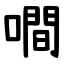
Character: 㗴